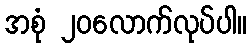
အစုံ ၂၀လောက်လုပ်ပါ။